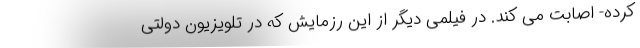
کرده- اصابت می کند. در فیلمی دیگر از این رزمایش که در تلویزیون دولتی